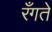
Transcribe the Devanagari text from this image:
रँगते